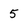
Character: 5